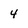
Character: 4